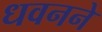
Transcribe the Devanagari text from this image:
धवनने